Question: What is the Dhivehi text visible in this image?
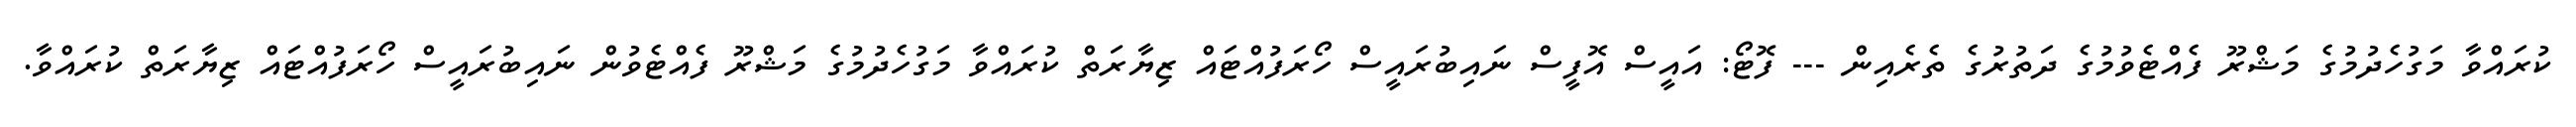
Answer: ކުރައްވާ މަގުހެދުމުގެ މަޝްރޫ ފެއްޓެވުމުގެ ދަތުރުގެ ތެރެއިން --- ފޮޓޯ: އައީސް އޮފީސް ނައިބުރައީސް ހޯރަފުއްޓައް ޒިޔާރަތް ކުރައްވާ މަގުހެދުމުގެ މަޝްރޫ ފެއްޓެވުން ނައިބުރައީސް ހޯރަފުއްޓައް ޒިޔާރަތް ކުރައްވާ.